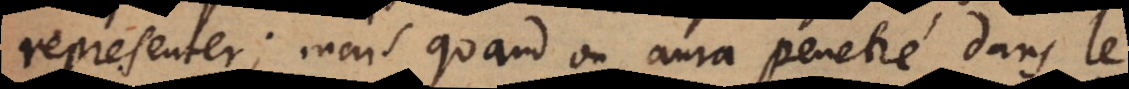
representer; mais quand on aura penetré dans le